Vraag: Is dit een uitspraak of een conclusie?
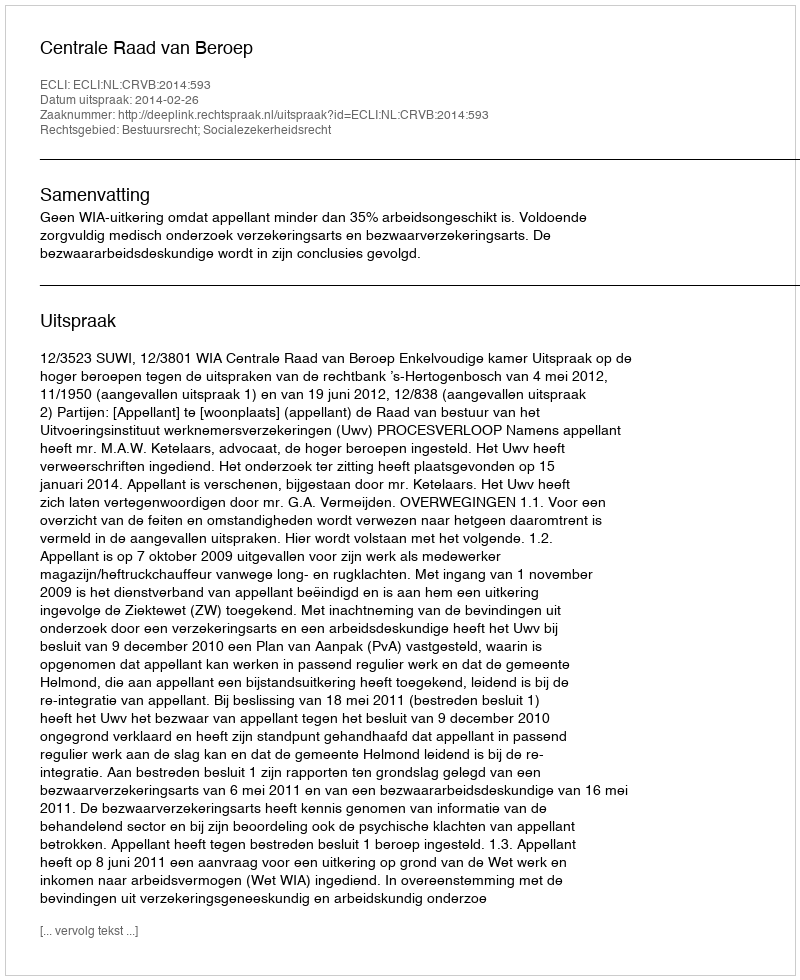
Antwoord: Uitspraak